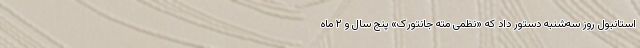
استانبول روز سه‌شنبه دستور داد که «نظمی مته جانتورک» پنج سال و ۲ ماه